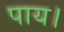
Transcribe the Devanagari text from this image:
पाय।